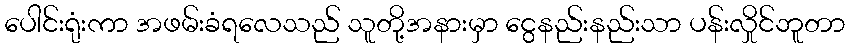
ပေါင်းရုံးကာ အဖမ်းခံရလေသည် သူတို့အနားမှာ ငွေနည်းနည်းသာ ပန်းလှိုင်ဘူတာ